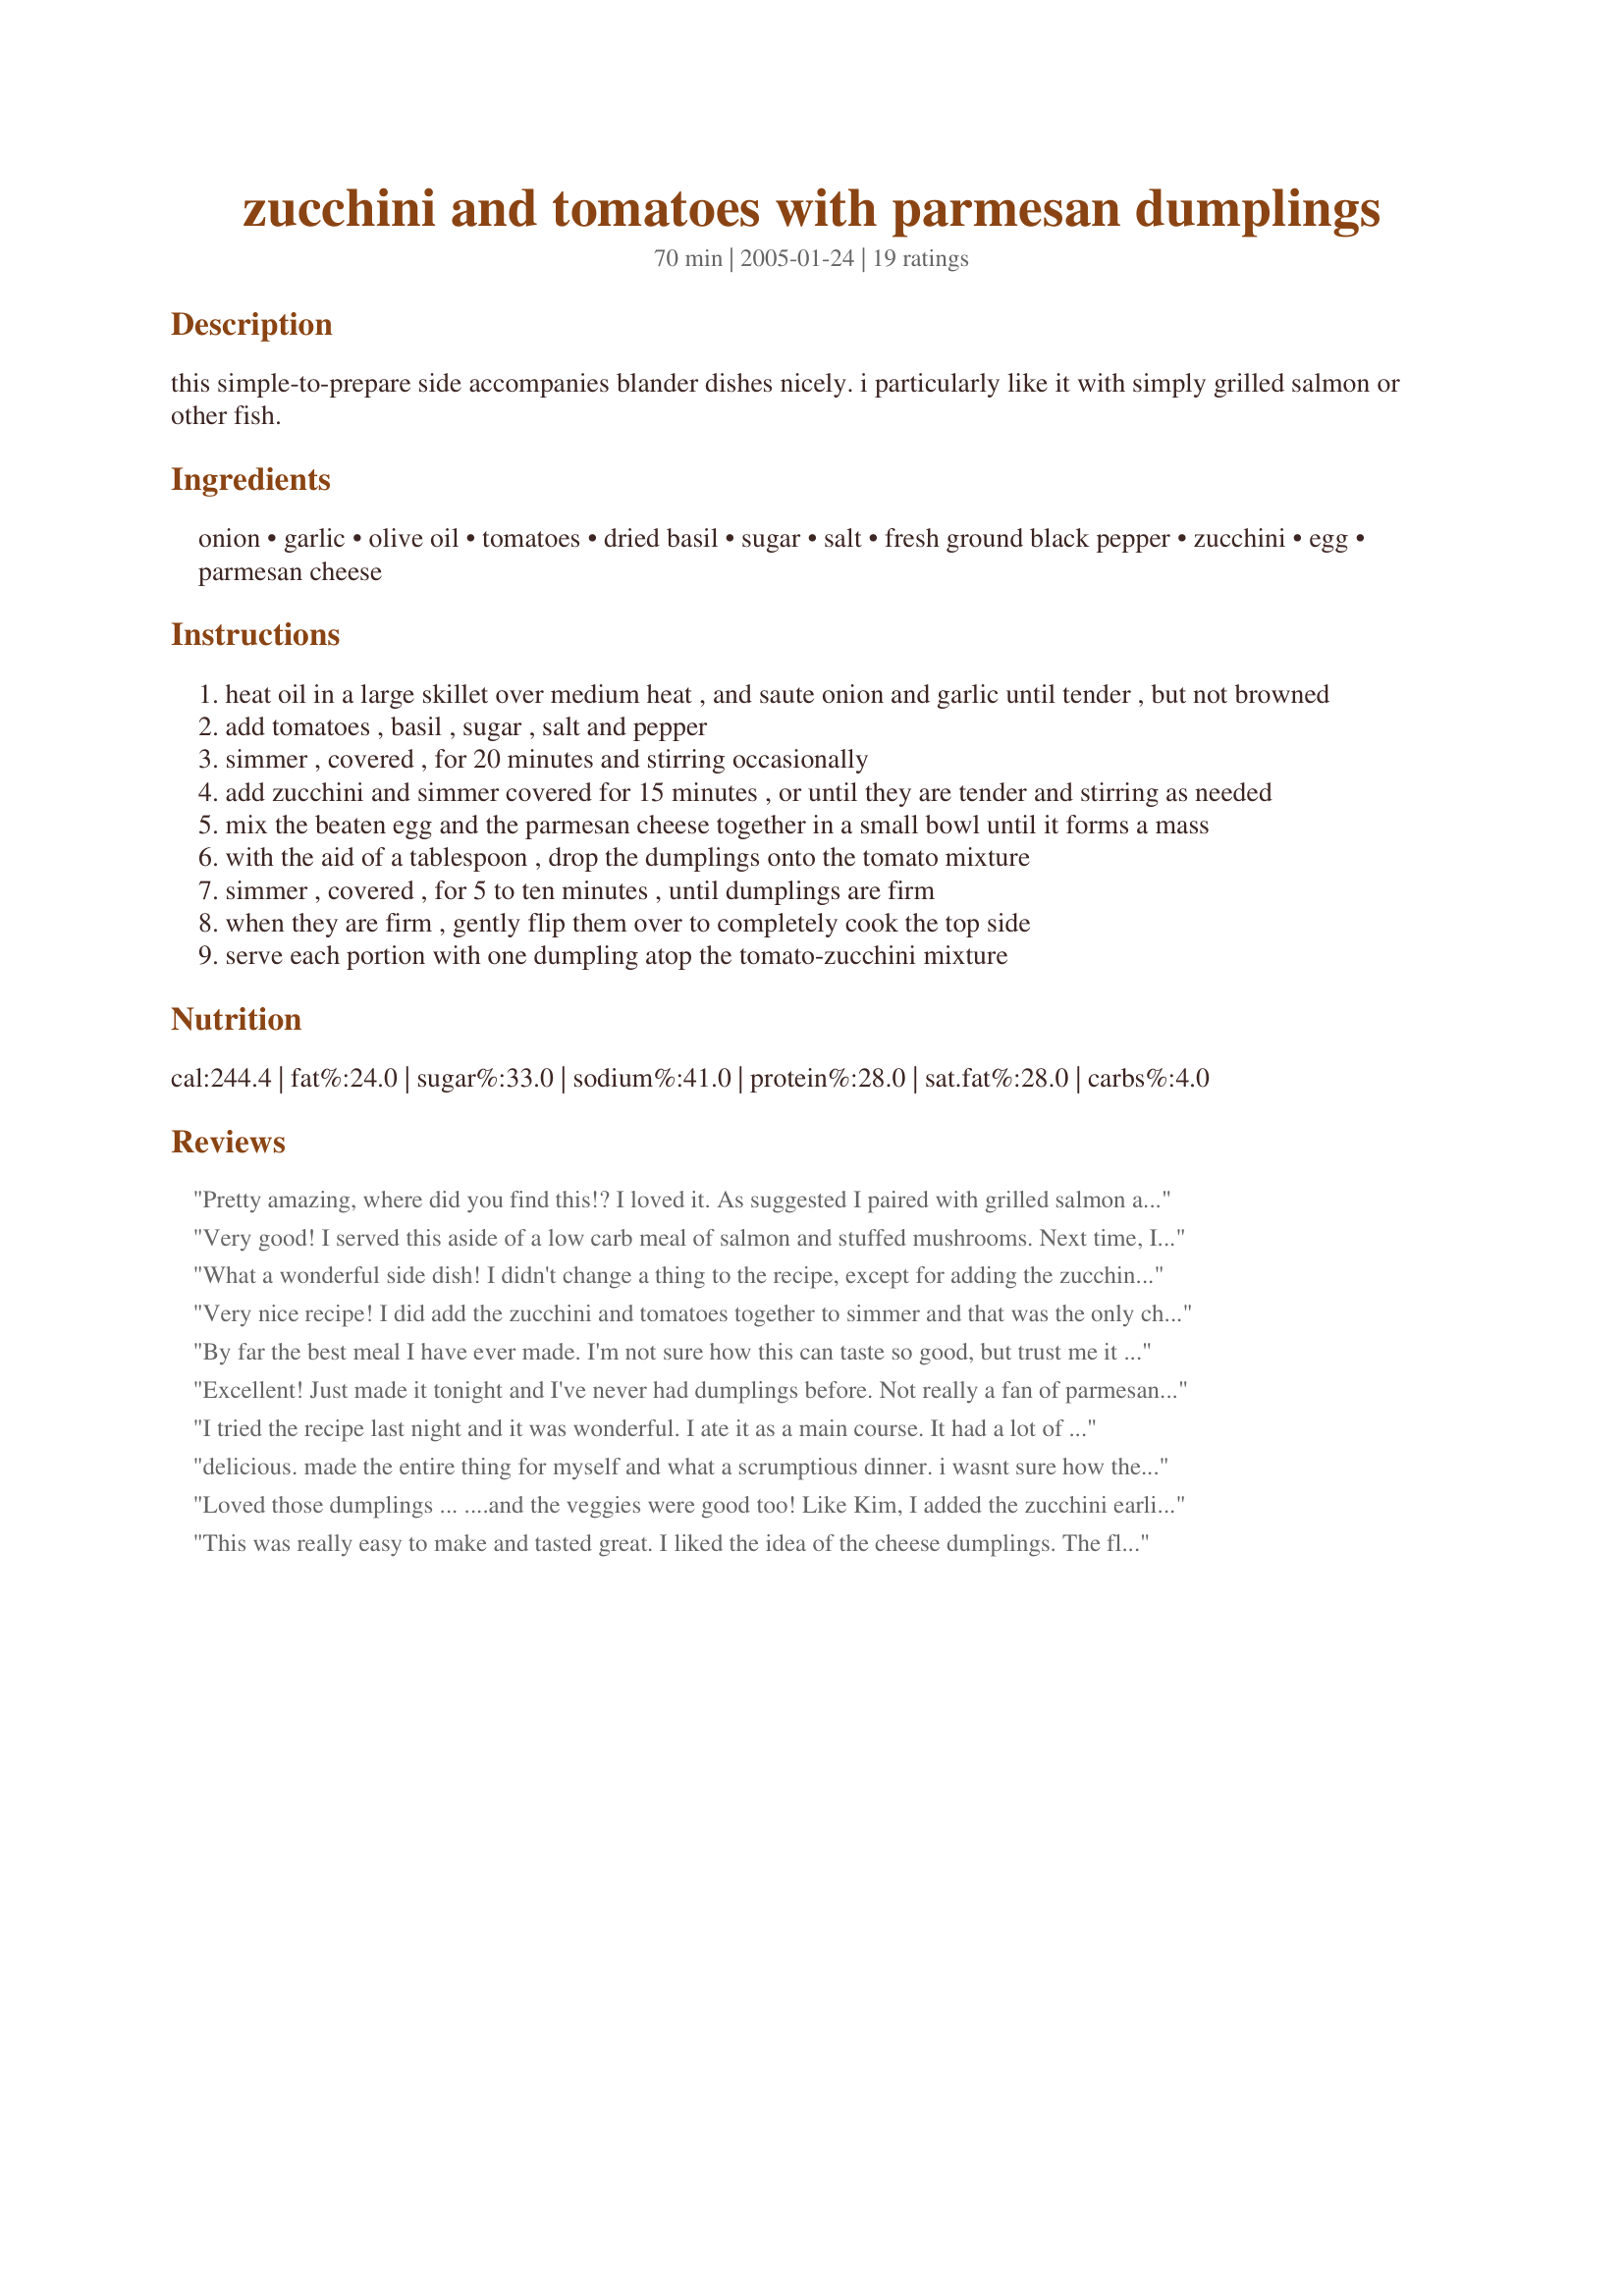
zucchini and tomatoes with parmesan dumplings
Preparation time: 70 minutes

this simple-to-prepare side accompanies blander dishes nicely. i particularly like it with simply grilled salmon or other fish.

Ingredients:
onion, garlic, olive oil, tomatoes, dried basil, sugar, salt, fresh ground black pepper, zucchini, egg, parmesan cheese

Steps:
heat oil in a large skillet over medium heat , and saute onion and garlic until tender , but not browned
add tomatoes , basil , sugar , salt and pepper
simmer , covered , for 20 minutes and stirring occasionally
add zucchini and simmer covered for 15 minutes , or until they are tender and stirring as needed
mix the beaten egg and the parmesan cheese together in a small bowl until it forms a mass
with the aid of a tablespoon , drop the dumplings onto the tomato mixture
simmer , covered , for 5 to ten minutes , until dumplings are firm
when they are firm , gently flip them over to completely cook the top side
serve each portion with one dumpling atop the tomato-zucchini mixture

Reviews:
Pretty amazing, where did you find this!? I loved it. As suggested I paired with grilled salmon and it was great, however I think I may prefer it with chicken. I used egg whites and it worked fine I think, the dumplings stayed together and there were no problems there. I served this to a friend and when they discovered the dumpling their eyes lit up wide, it was great. Thanks so much for posting.
Very good! I served this aside of a low carb meal of salmon and stuffed mushrooms. Next time, I may add some mushrooms to this recipe, in step #1.
What a wonderful side dish! I didn't change a thing to the recipe, except for adding the zucchini to the tomatoes about 10 minutes earlier than stated. I chopped my tomatoes small, so they were really tender already when adding the zucchini. Next time I might double the dumplings so each person gets two. I plan on substituting cucuzza squash in place of the zucchini this summer when I have an abundance of cucuzzas. Thanks FlemishMinx for a keeper!
Very nice recipe! I did add the zucchini and tomatoes together to simmer and that was the only change I made. Thank you for posting this one!
By far the best meal I have ever made. I'm not sure how this can taste so good, but trust me it does. My finicky niece gobbled it up, and my boyfriend and I wished we had made more. As in about three times more, because it is so delicious. Flavorful and awesome. Thanks for the keeper!!
Excellent! Just made it tonight and I've never had dumplings before. Not really a fan of parmesan but the rest of my family is so I made it and let me tell you-this turned me into a parmesan believer!
I made a couple of changes as it was only for 3 of us-Made the dumpling mixture the same and made three large dumplings, cut back the tomato to 3 and the zucchini to one and a half but at my moms insistence i must make more of it next time because it was so good. I also cut down the olive oil to 1 tablespoon and would probably cut it down to 2 teaspoons next time, just because thats all you need and it is more healthy. I also left out the onions because I hate them. So good and easy and delicious! Thanks!
I tried the recipe last night and it was wonderful. I ate it as a main course. It had a lot of great flavors. One thing that I will do differently next time I fix the dish is peal the tomatoes.
delicious. made the entire thing for myself and what a scrumptious dinner. i wasnt sure how the dumplings would come out as i had used very large shavings of a romano cheese but it still worked great. excellent taste and texture. i will make this again when the better tomatoes are out in season. thanks!
Loved those dumplings ...
....and the veggies were good too! Like Kim, I added the zucchini earlier than specified - otherwise, no changes. It was a great side to roast chicken & mashed taters. This will be a definite repeater with our garden produce. Thanx for another winner Minx!
This was really easy to make and tasted great. I liked the idea of the cheese dumplings. The flavours go together so well. Thanks for posting :)
this was really good and very simple to prepare. it would have been 5* if i didn't think that 1 cup parmesan was too much, as the flavor was rather overt in the dumplings. i used a high-quality cheese, and i normally love parmesan, but if i make this again, i think i will skimp on the quantity.
This was fantastic! I used 5 plum tomatoes and no sugar (I was out), and replaced the basil with Italian seasoning and garlic powder and three teaspoons of fresh chopped garlic, and, being lazy, eyeballed the amounts instead of measuring anything. Other than that, I followed the directions exactly. I will definitely be making this again.
I would have given this one 10 stars if I could've!!! My DH and I love this so much we are sending the recipe to his Mom (she's a fabulous cook so she'll appreciate this one). I loved the parmesan dumplings. After having this I tried to make the dumplings and put them in regular spaghetti sauce but sadly it didn't work as well (they didn't stay in nice little dumplings, instead they sort of disintigrated into the sauce). Thanks so much for this awesome recipe!!!
I served this up with spaghetti, eggplant meatballs, and Balsamic glazed onions. Wow, what a delicious dish! Thanks!
Excellent! What a great flavor for dumplings. I paried 1-fresh tomato w/ 1-can diced petite toms in water. I let it simmer with spices, onions, garlic and balsamic vinegar for 10-min. Added zuchinni (w/ peel) and simmered for 15-min and then mushrooms at the end (they cook quickly). I was amazed at how the parm. cheese took on body w/ the egg. Strong parm. flavor requires a distinct like for it. I like it!
This is an OUTSTANDING recipe. Even my very particular vegetarian daughter in law was visibly delighted with it and asked for the recipe. Thank you FlemishMinx
What a unique and scrumptious dish! I served it as a side with some baked haddock, but I could have eaten all four portions myself with just some crusty bread. This will go into my favorite recipes file for sure. Thanks so much for posting this super recipe.
I served this with fried chicken of all things, and it was a delicious side dish. The only thing I changed, was that I left the skin on the zucchini for a little color.
Never saw this coming. Instead of having a reasonably tasty little side dish as anticipated, we decided it was more like we'd died and gone to veggie heaven! Because all the zukes looked shrivelled up and terrible, I used a medium eggplant instead, sauteing it first and then adding the tomatoes, etc. Thank you so very much for sharing this recipe, Flemish Minx. It was just crazy good!
